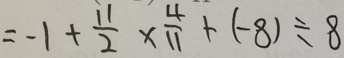
= - 1 + \frac { 1 1 } { 2 } \times \frac { 4 } { 1 1 } + ( - 8 ) \div 8